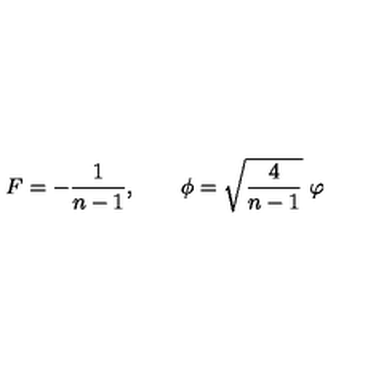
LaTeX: F = - \frac 1 { n - 1 } , \qquad \phi = \sqrt { \frac 4 { n - 1 } } \ \varphi